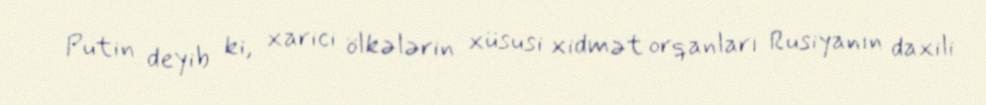
Putin deyib ki, xarici ölkələrin xüsusi xidmət orqanları Rusiyanın daxili